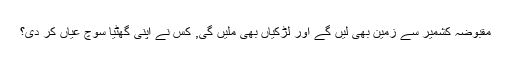
مقبوضہ کشمیر سے زمین بھی لیں گے اور لڑکیاں بھی ملیں گی, کس نے اپنی گھٹیا سوچ عیاں کر دی؟